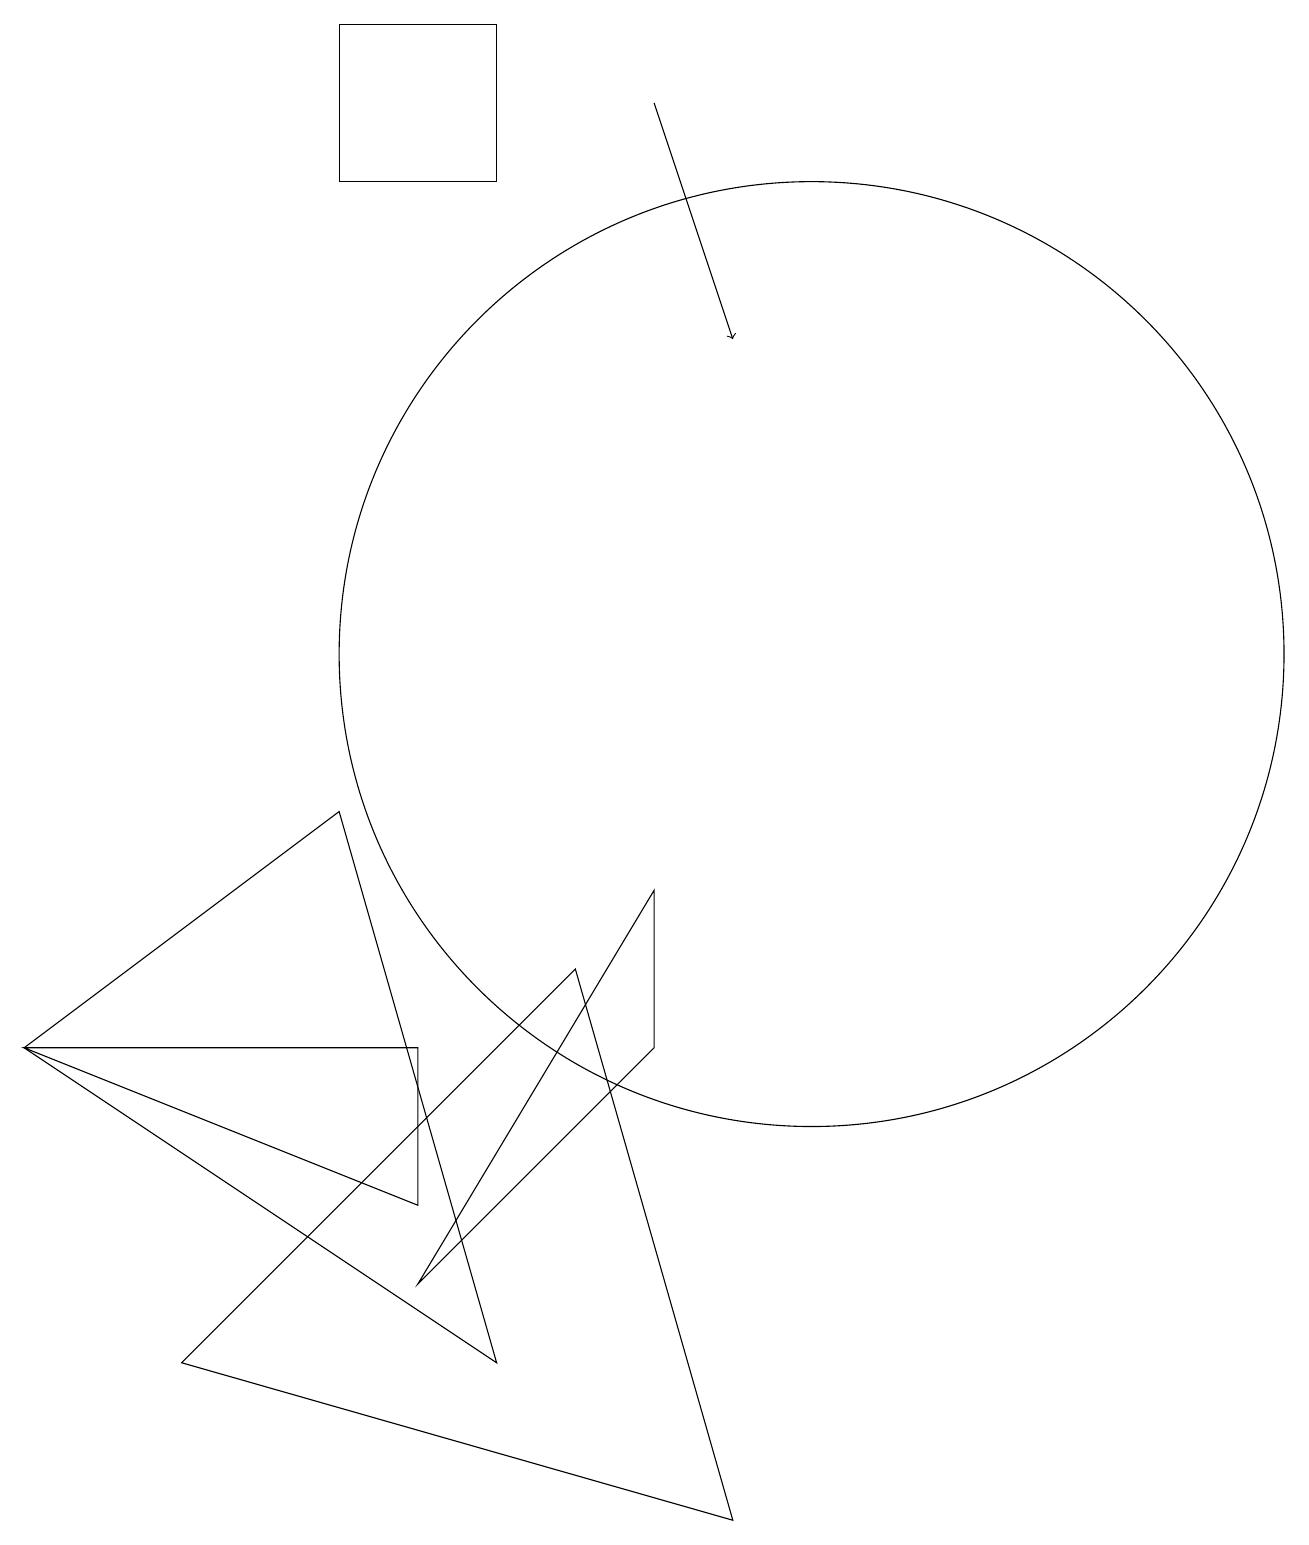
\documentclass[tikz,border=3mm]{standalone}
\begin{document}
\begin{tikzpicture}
\draw (10,11) circle (6);
\draw (0,6) -- (6,2) -- (4,9) -- cycle;
\draw (4,17) rectangle (6,19);
\draw (8,8) -- (5,3) -- (8,6) -- cycle;
\draw[->] (8,18) -- (9,15);
\draw (0,6) -- (5,4) -- (5,6) -- cycle;
\draw (2,2) -- (7,7) -- (9,0) -- cycle;
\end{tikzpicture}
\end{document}